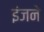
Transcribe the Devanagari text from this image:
इंजने